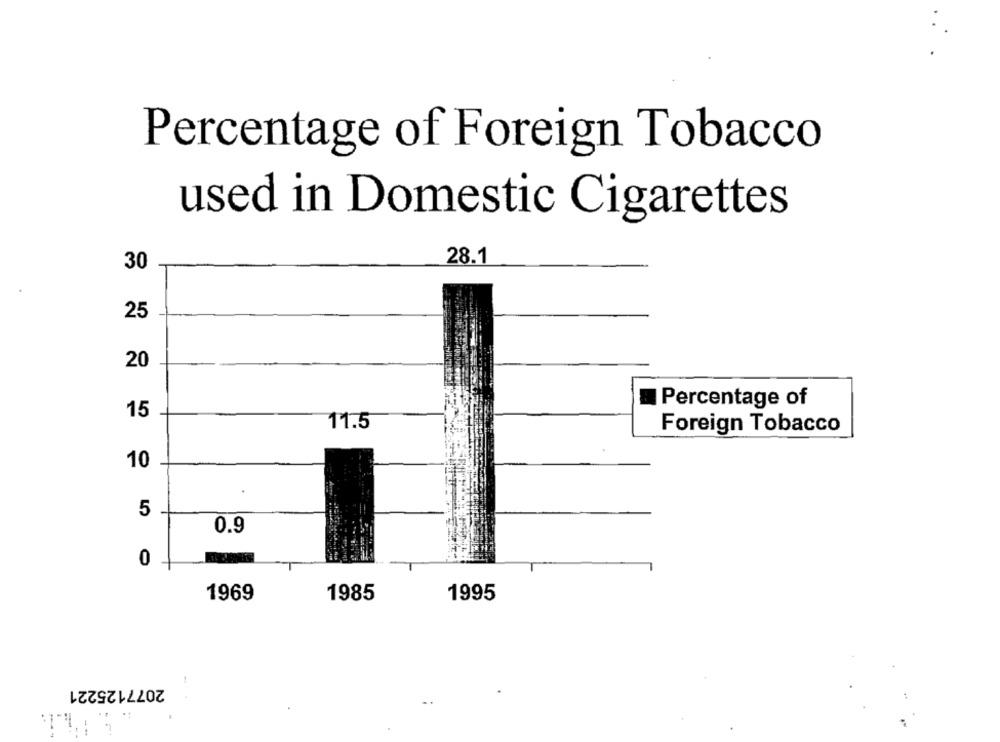
Percentage of Foreign Tobacco
used in Domestic Cigarettes
28.1
30
25
20
Percentage of
15
11.5
Foreign Tobacco
10
5
0.9
0
1969
1985
1995
2077125221